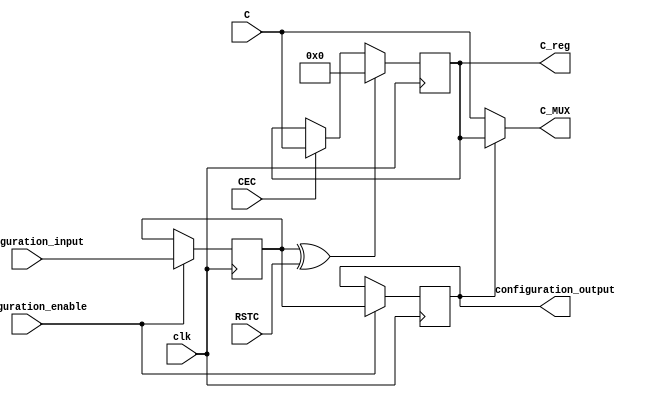
/*****************************************************************
*	Configuration bits order :
*
*			IS_RSTC_INVERTED <= configuration_input;
*			CREG <= IS_RSTC_INVERTED;
*			configuration_output = CREG;
*****************************************************************/
`timescale 1 ns / 100 ps   
module C_Register_block_RegOut(
		input clk,
		
		input [47:0] C,

		input RSTC,
		input CEC,

		output [47:0] C_MUX,
		output reg [47:0] C_reg,

		input configuration_input,
		input configuration_enable,
		output configuration_output
		
	);
	
	parameter input_freezed = 1'b0;
	
	// configuring bits
	reg IS_RSTC_INVERTED;
	reg CREG;
	
	always@(posedge clk)begin
		if (configuration_enable)begin
			IS_RSTC_INVERTED <= configuration_input;
			CREG <= IS_RSTC_INVERTED;
		end
	end
	assign configuration_output = CREG;

	// C
	wire RSTC_xored;
	assign RSTC_xored = IS_RSTC_INVERTED ^ RSTC;
	
	always@(posedge clk) begin
		if (RSTC_xored) 
			C_reg <= 48'b0;
		else if (CEC) 
			C_reg <= C;
	end

	assign C_MUX = (input_freezed | CREG) ? C_reg: C;

endmodule